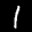
Label: 1